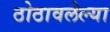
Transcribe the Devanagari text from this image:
ठोठावलेल्या